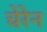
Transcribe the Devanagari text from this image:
चेरेन